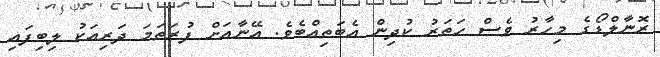
ރޮނާލްޑޯގެ މިހާރު ވެސް ހަތަރު ކުދިން އެބަތިއްބެވެ. އޭނާއަށް ފުރަތަމަ ދަރިއަކު ލިބިފައި